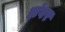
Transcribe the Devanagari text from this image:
झंवर